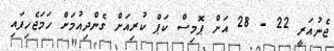
ޖެނުއަރީ 22 - 28 އަށް ޕޮމިސް ކަޕް ކުރިއަށް ގެންދިއުމަށް ހަމަޖެހިފައި